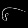
Digit: ၆